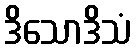
ဒိသောဒိသံ